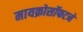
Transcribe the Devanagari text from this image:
मायक्रोसॉफटने